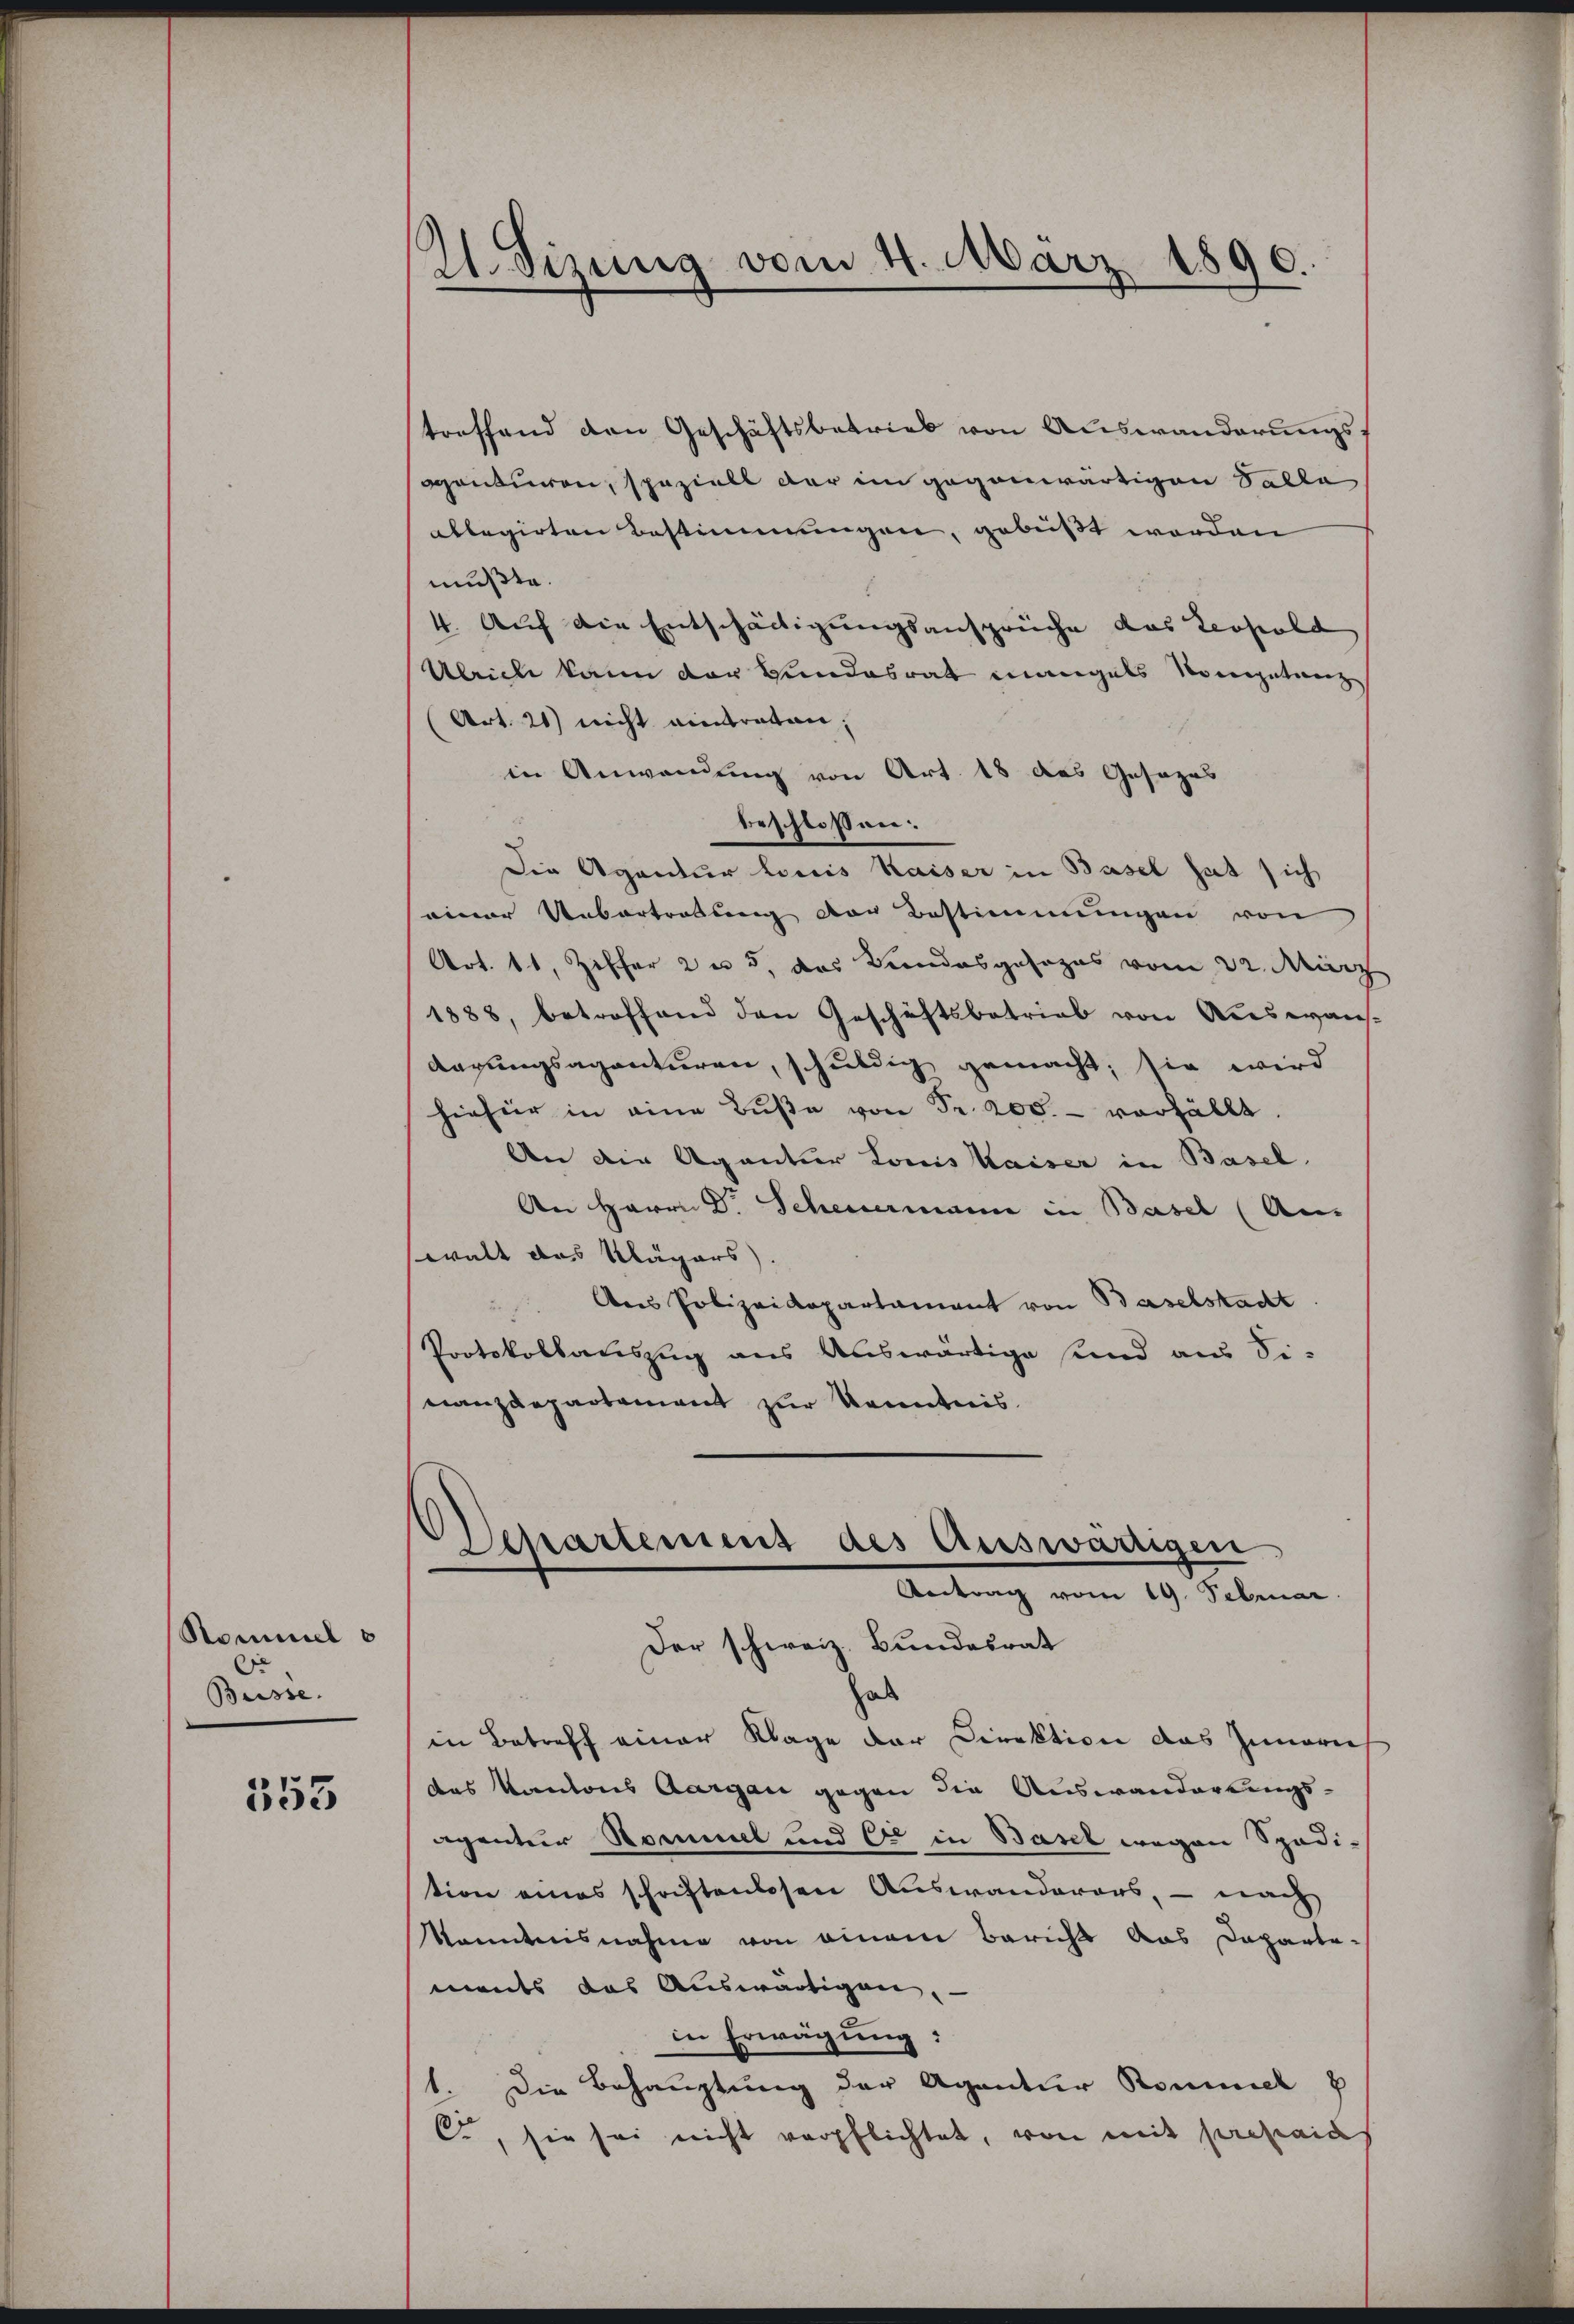
Rammel
C
Büsse.

553

2. Sizung vom 4. März 1890.

treffend den Geschäftsbetrieb von Auswanderungsf
ontiren, speziell der im gegenwärtigen Talla
ablegirten Bestimmungen, gebüßt worden
mußte.
4. Auf die Entschäftigungsansprüche das Leopold
Ulrich kann der Bundesrat mangels Kompetanz
(Art. 21) nicht eintraten,
in Anwendung von Art. 18 das Gesezes
Die Agentur Louis Kaiser in Basel hat sich
einer Uebertretung der Bestimmungen von
Art. 11, Ziffer 2 u 5, das Bundesgesezes vom 22. März
1888, betroffend den Geschäftsbetrieb von Auswan-
Aagungsagenturen, schuldig gemacht; sie wird
hiefür in eine Bŭβe von Fr. 200. verfällt.
An die Agentior Louis Kaiser in Basel.
An Herrn Dr. Scheuermann in Basel (Aus
walt das Klägers.
Ans Polizeidepartament von Baselstadt
Protokollauszug aus Auswärtige sind aus Si-
nanzdepartement zur Kenntnis.
Departement des Auswärtigen
Antrag vom 19. Februar.
Der schweiz. Bundesrat
hab
in Betreff einer Klage der Direktion das Innern
das Kantons Aargau gegen die Auswanderungs-
agentur Sommel und Er in Basel wegen Spodition eines schriftenlosen Auswanderers, – nach
Monntnisnahme von einem Berichts aus Dapartements das Auswärtigen
in Erwägung:
1. Die Behauptung der Agentur Rommel
C., sie sei nicht verpflichtet, von mit pretails

beschlossen: